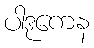
ပါဒုကေန